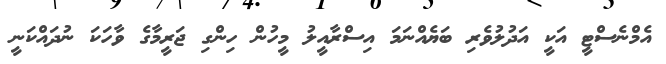
އެމްނެސްޓީ އަކީ އަދުލުވެރި ބަޔެއްނަމަ އިސްރާއީލު މީހުން ހިންގި ޖަރީމާގެ ވާހަކަ ނުދައްކަނީ